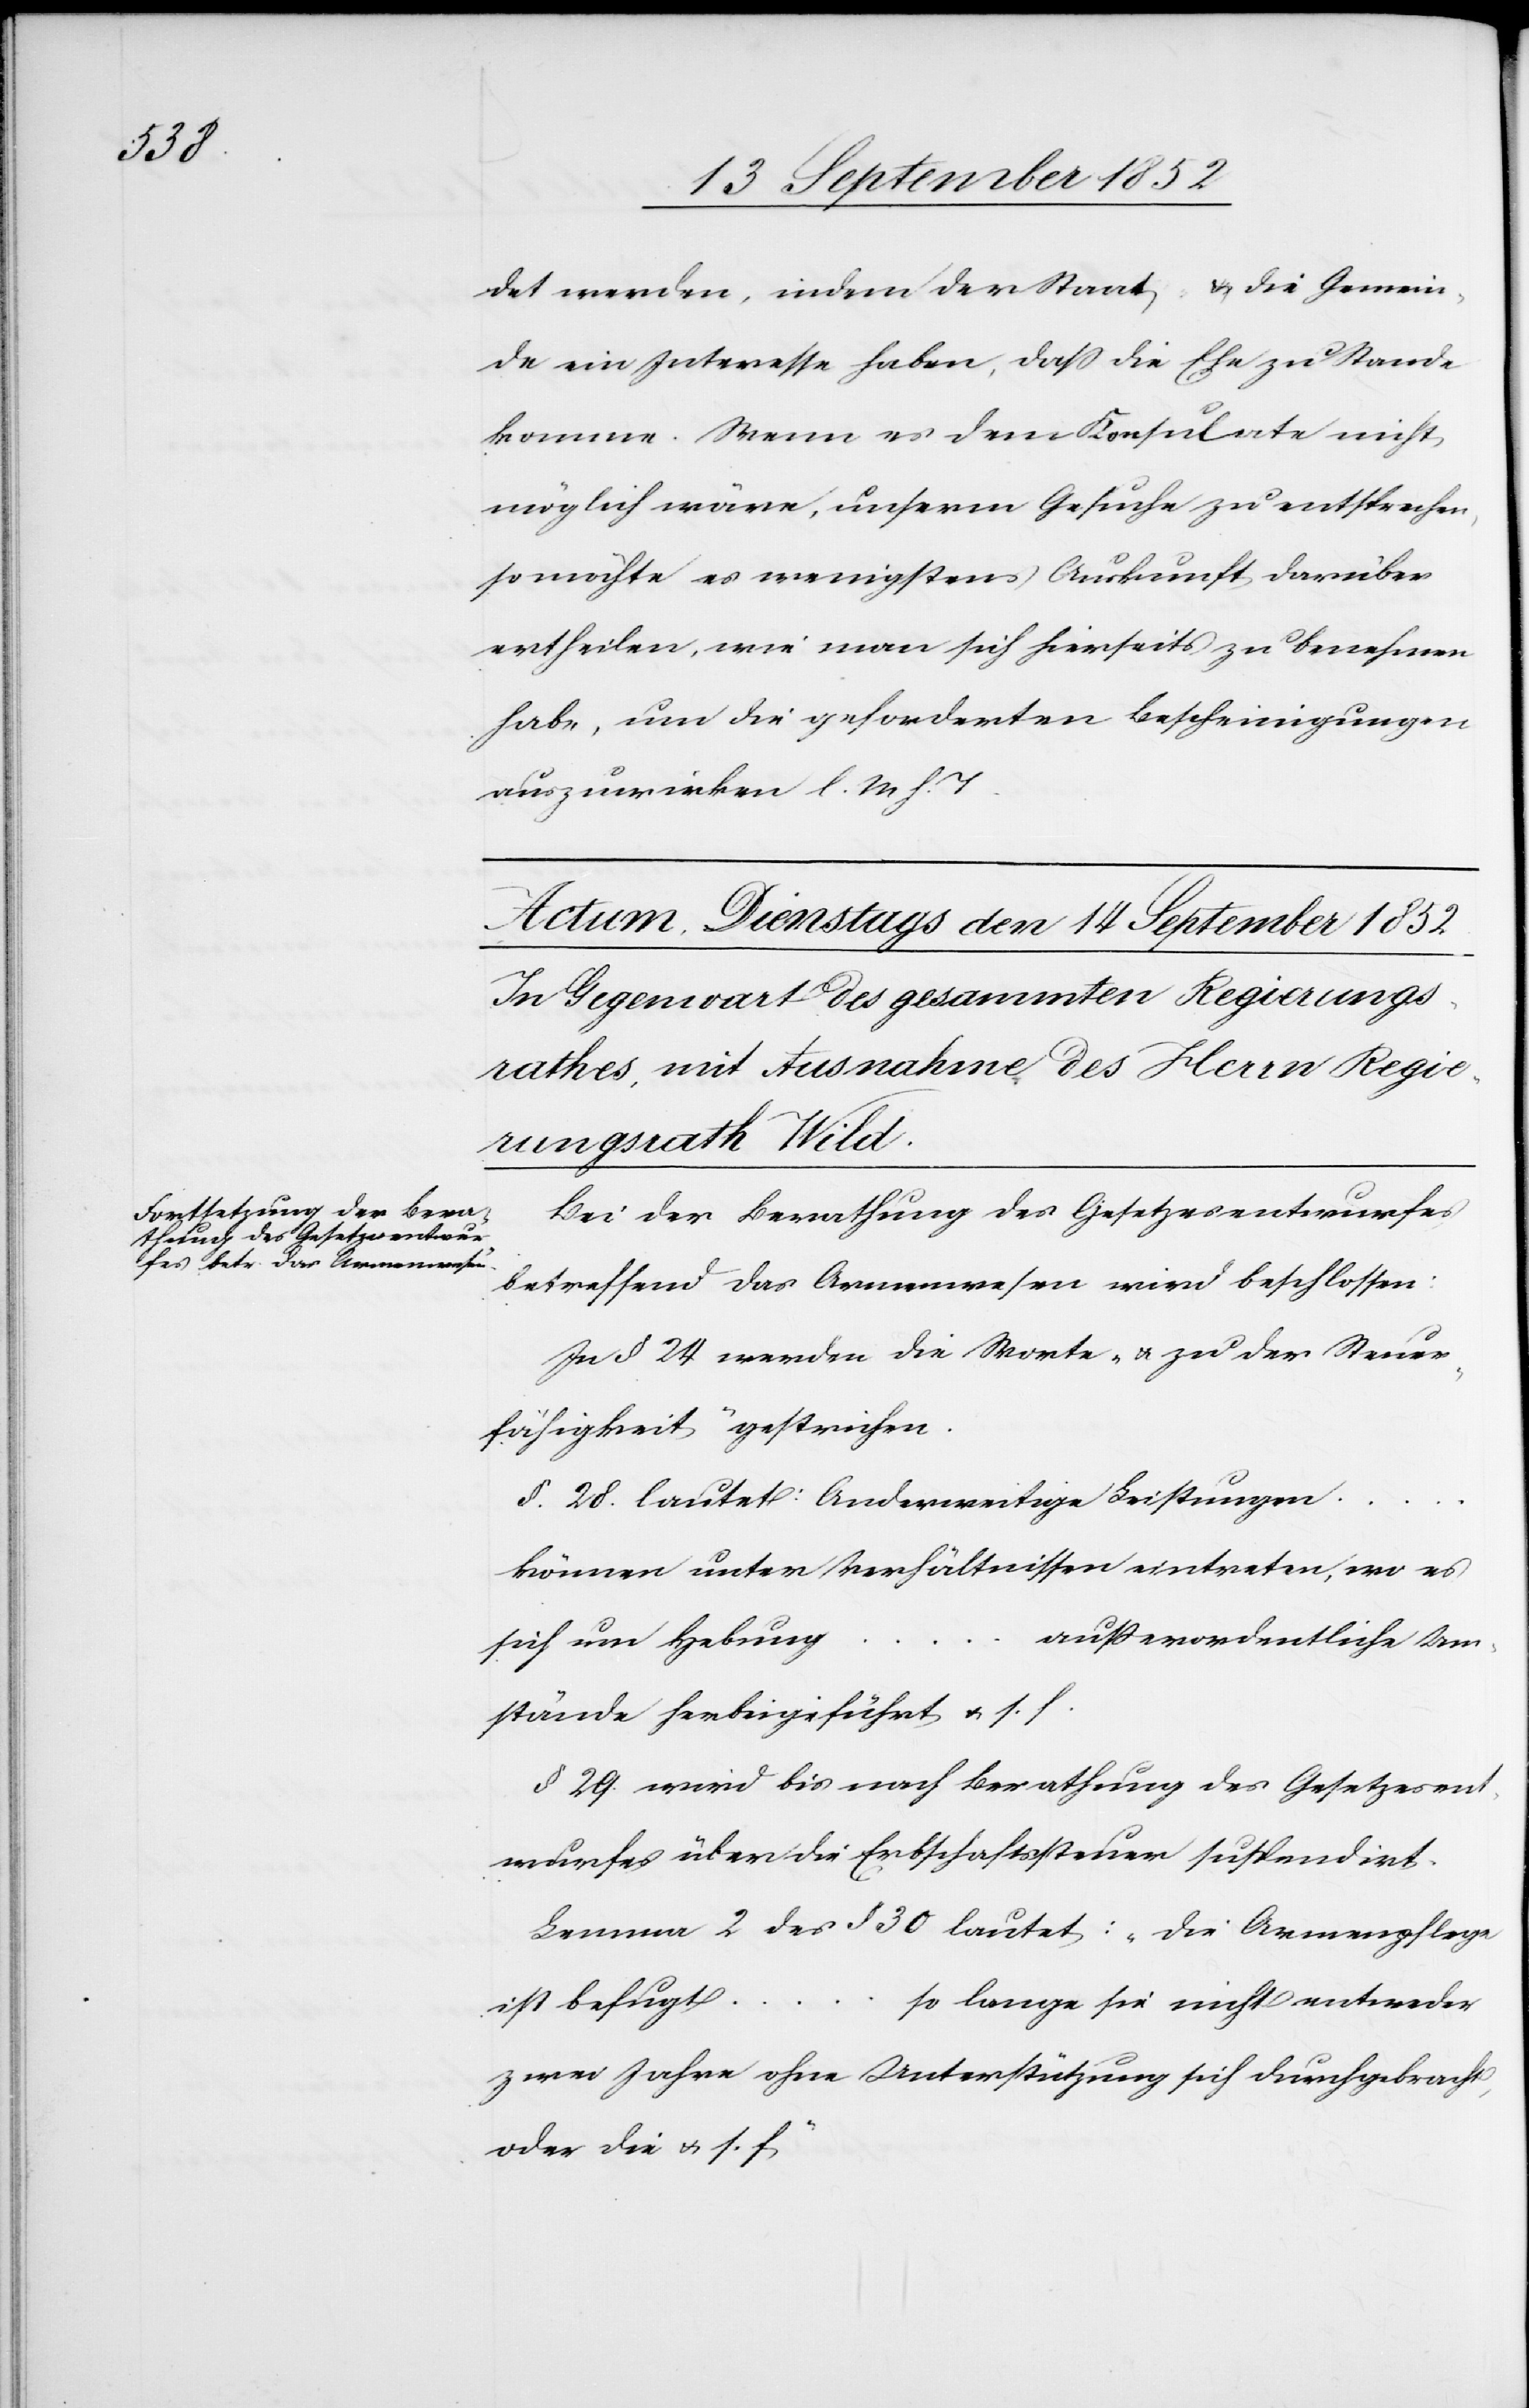
det werden, indem der Staat & die Gemein¬
de ein Interesse haben, dass die Ehe zu Stande
komme. Wenn es dem Konsulate nicht
möglich wäre, unserm Gesuche zu entsprechen,
so möchte es wenigstens Auskunft darüber
ertheilen, wie man sich hierseits zu benehmen
habe, um die geforderten Bescheinigungen
auszuwirken l. M h. T.
Bei der Berathung des Gesetzesentwurfes
betreffend das Armenwesen wird beschlossen:
In § 24 werden die Worte „& zu der Steuer¬
fähigkeit“ gestrichen.
§. 28. lautet: Anderweitige Leistungen
können unter Verhältnissen eintreten, wo es
außerordentliche Um¬
sich um Hebung …
stände herbeigeführt & s. f.
§ 29. wird bis nach Berathung des Gesetzesent¬
wurfes über die Erbschaftssteuer suspendirt.
Lemma 2 des § 30 lautet: „Die Armenpflege
so lange sie nicht entweder
ist befugt …
zwei Jahre ohne Unterstützung sich durchgebracht,
oder die & s. f“